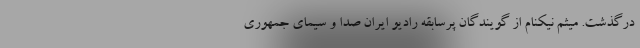
درگذشت. میثم نیکنام از گویندگان پرسابقه رادیو ایران صدا و سیمای جمهوری